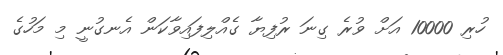
ހުރި 10000 އަށް ވުރެ ގިނަ ރުފިޔާ ގެއްލިފައިވާކަން އެނގުނީ މި މަހުގެ